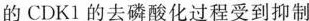
的CDK1的去磷酸化过程受到抑制